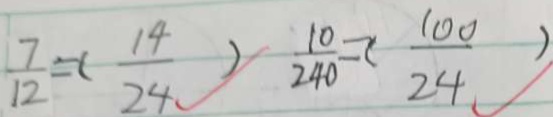
\frac { 7 } { 1 2 } = ( \frac { 1 4 } { 2 4 } ) \frac { 1 0 } { 2 4 0 } = ( \frac { 1 0 0 } { 2 4 } )